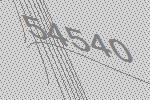
54540